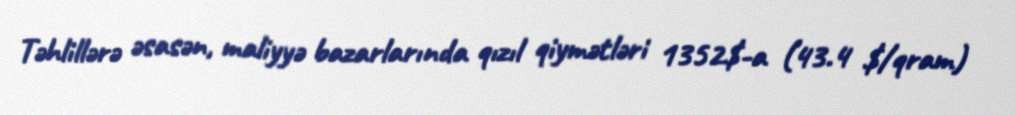
Təhlillərə əsasən, maliyyə bazarlarında qızıl qiymətləri 1352$-a (43.4 $/qram)